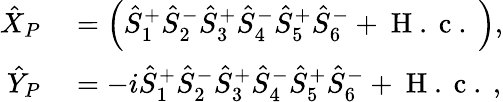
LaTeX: \begin{array}{rl}{\hat{X}_{P}}&{{}=\left(\hat{S}_{1}^{+}\hat{S}_{2}^{-}\hat{S}_{3}^{+}\hat{S}_{4}^{-}\hat{S}_{5}^{+}\hat{S}_{6}^{-}+\mathrm{~H~.~c~.~}\right),}\\ {\hat{Y}_{P}}&{{}=-i\hat{S}_{1}^{+}\hat{S}_{2}^{-}\hat{S}_{3}^{+}\hat{S}_{4}^{-}\hat{S}_{5}^{+}\hat{S}_{6}^{-}+\mathrm{~H~.~c~.~},}\end{array}